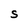
Character: S